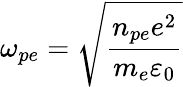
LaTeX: \omega_{pe}=\sqrt{\frac{n_{pe}e^{2}}{m_{e}\varepsilon_{0}}}